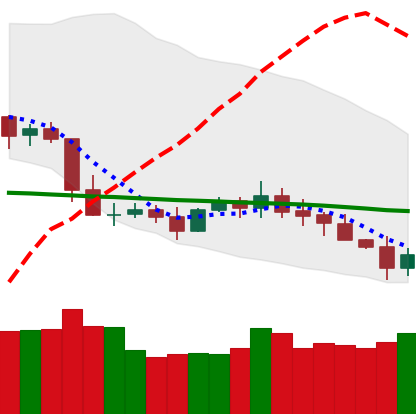
Ticker: XLM-USD
Chart end date: 2019-05-10
Forward return: 48.187%
Label: up_7plus